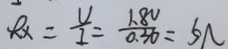
R _ { x } = \frac { U } { I } = \frac { 1 . 8 V } { 0 . 3 6 } = 5 N